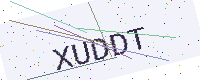
Text: XUDDT